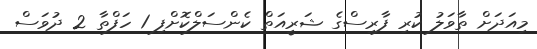
މިއަދަށް ތާވަލު ކުރި ފާރިސްގެ ޝަރީއަތް ކެންސަލްކޮށްފި 1 ހަފްތާ 2 ދުވަސް